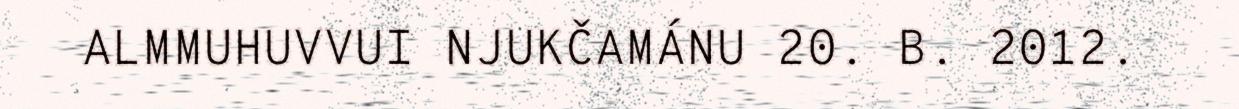
ALMMUHUVVUI NJUKČAMÁNU 20. B. 2012.